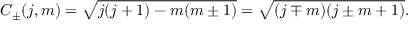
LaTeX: C _ { \pm } ( j , m ) = { \sqrt { j ( j + 1 ) - m ( m \pm 1 ) } } = { \sqrt { ( j \mp m ) ( j \pm m + 1 ) } } .